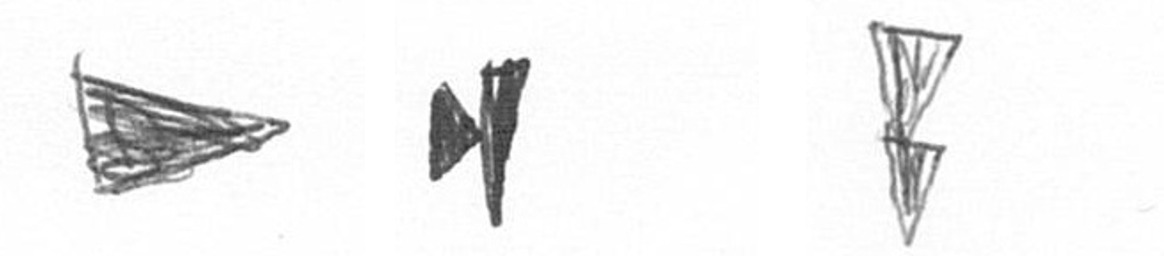
T M Z